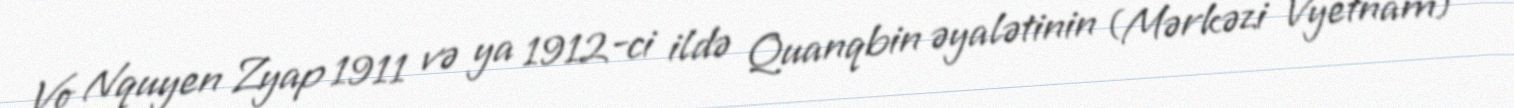
Vo Nquyen Zyap 1911 və ya 1912-ci ildə Quanqbin əyalətinin (Mərkəzi Vyetnam)